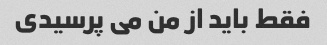
فقط باید از من می پرسیدی